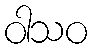
ဝါသဝ